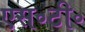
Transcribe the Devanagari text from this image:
एस॰टी॰